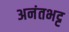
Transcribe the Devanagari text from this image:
अनंतभट्ट